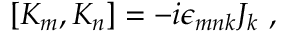
[ K _ { m } , K _ { n } ] = - i \epsilon _ { m n k } J _ { k } ~ ,